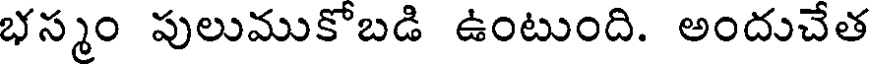
భస్మం పులుముకోబడి ఉంటుంది. అందుచేత